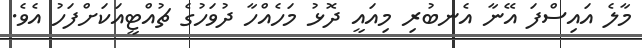
މާލެ އައިސްފަ އޭނާ އެނބުރި މިއައީ ދޮޅު މަހެއްހާ ދުވަހުގެ ޗުއްޓީއަކަށްފަހު އެވެ.